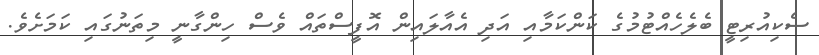
ސެކިއުރިޓީ ބެލެހެއްޓުމުގެ ކަންކަމާއި އަދި އެއާލައިން އޮފީސްތައް ވެސް ހިންގާނީ މިތަނުގައި ކަމަށެވެ.